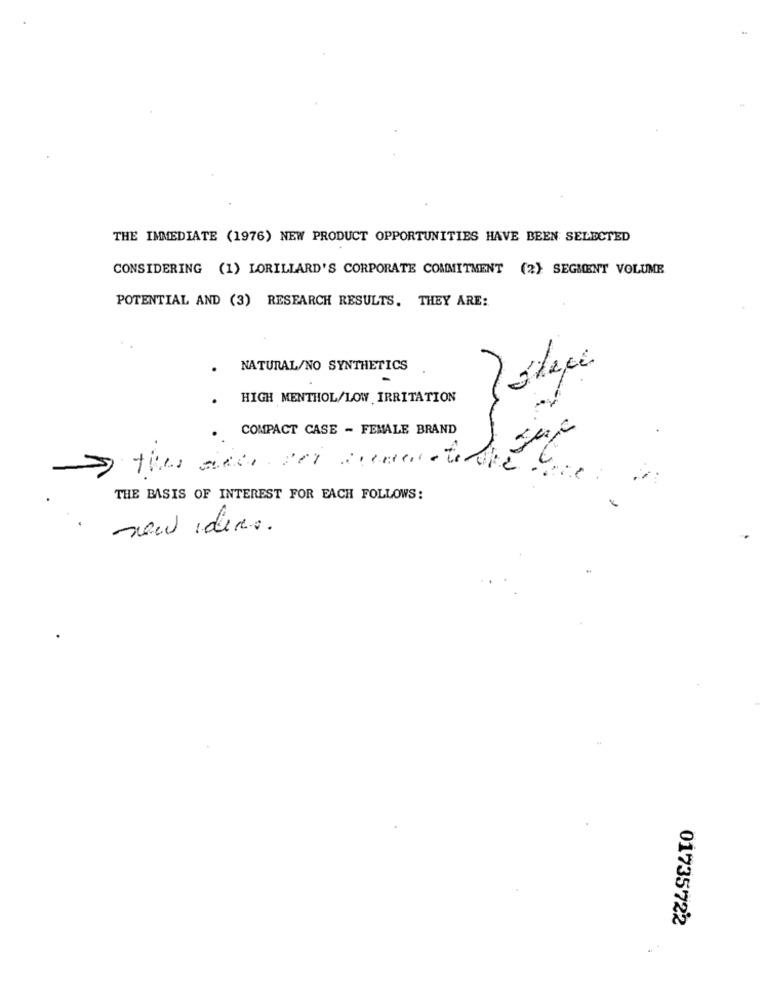
THE IMMEDIATE (1976) NEW PRODUCT OPPORTUNITIES HAVE BEEN SELECTED
CONSIDERING (1) LORILLARD'S CORPORATE COMMITMENT (2} SEGMENT VOLUME
POTENTIAL AND (3) RESEARCH RESULTS. THEY ARE:
NATURAL/NO SYNTHETICS
HIGH MENTHOL/LOW IRRITATION
COMPACT CASE - FEMALE BRAND
THE BASIS OF INTEREST FOR EACH FOLLOWS:
new ideas.
01735722